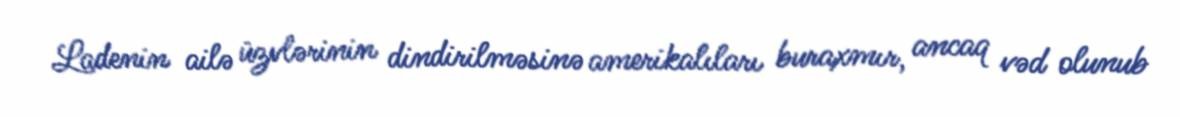
Ladenin ailə üzvlərinin dindirilməsinə amerikalıları buraxmır, ancaq vəd olunub